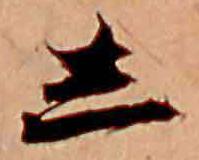
し